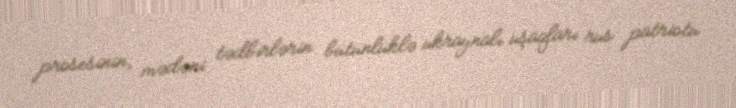
prosesinin, mədəni tədbirlərin bütünlüklə ukraynalı uşaqları rus patriotu